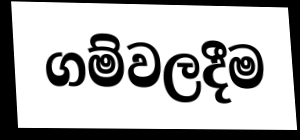
ගම්වලදීම